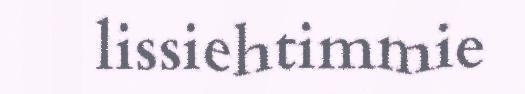
lissiehtimmie